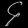
Digit: ၄